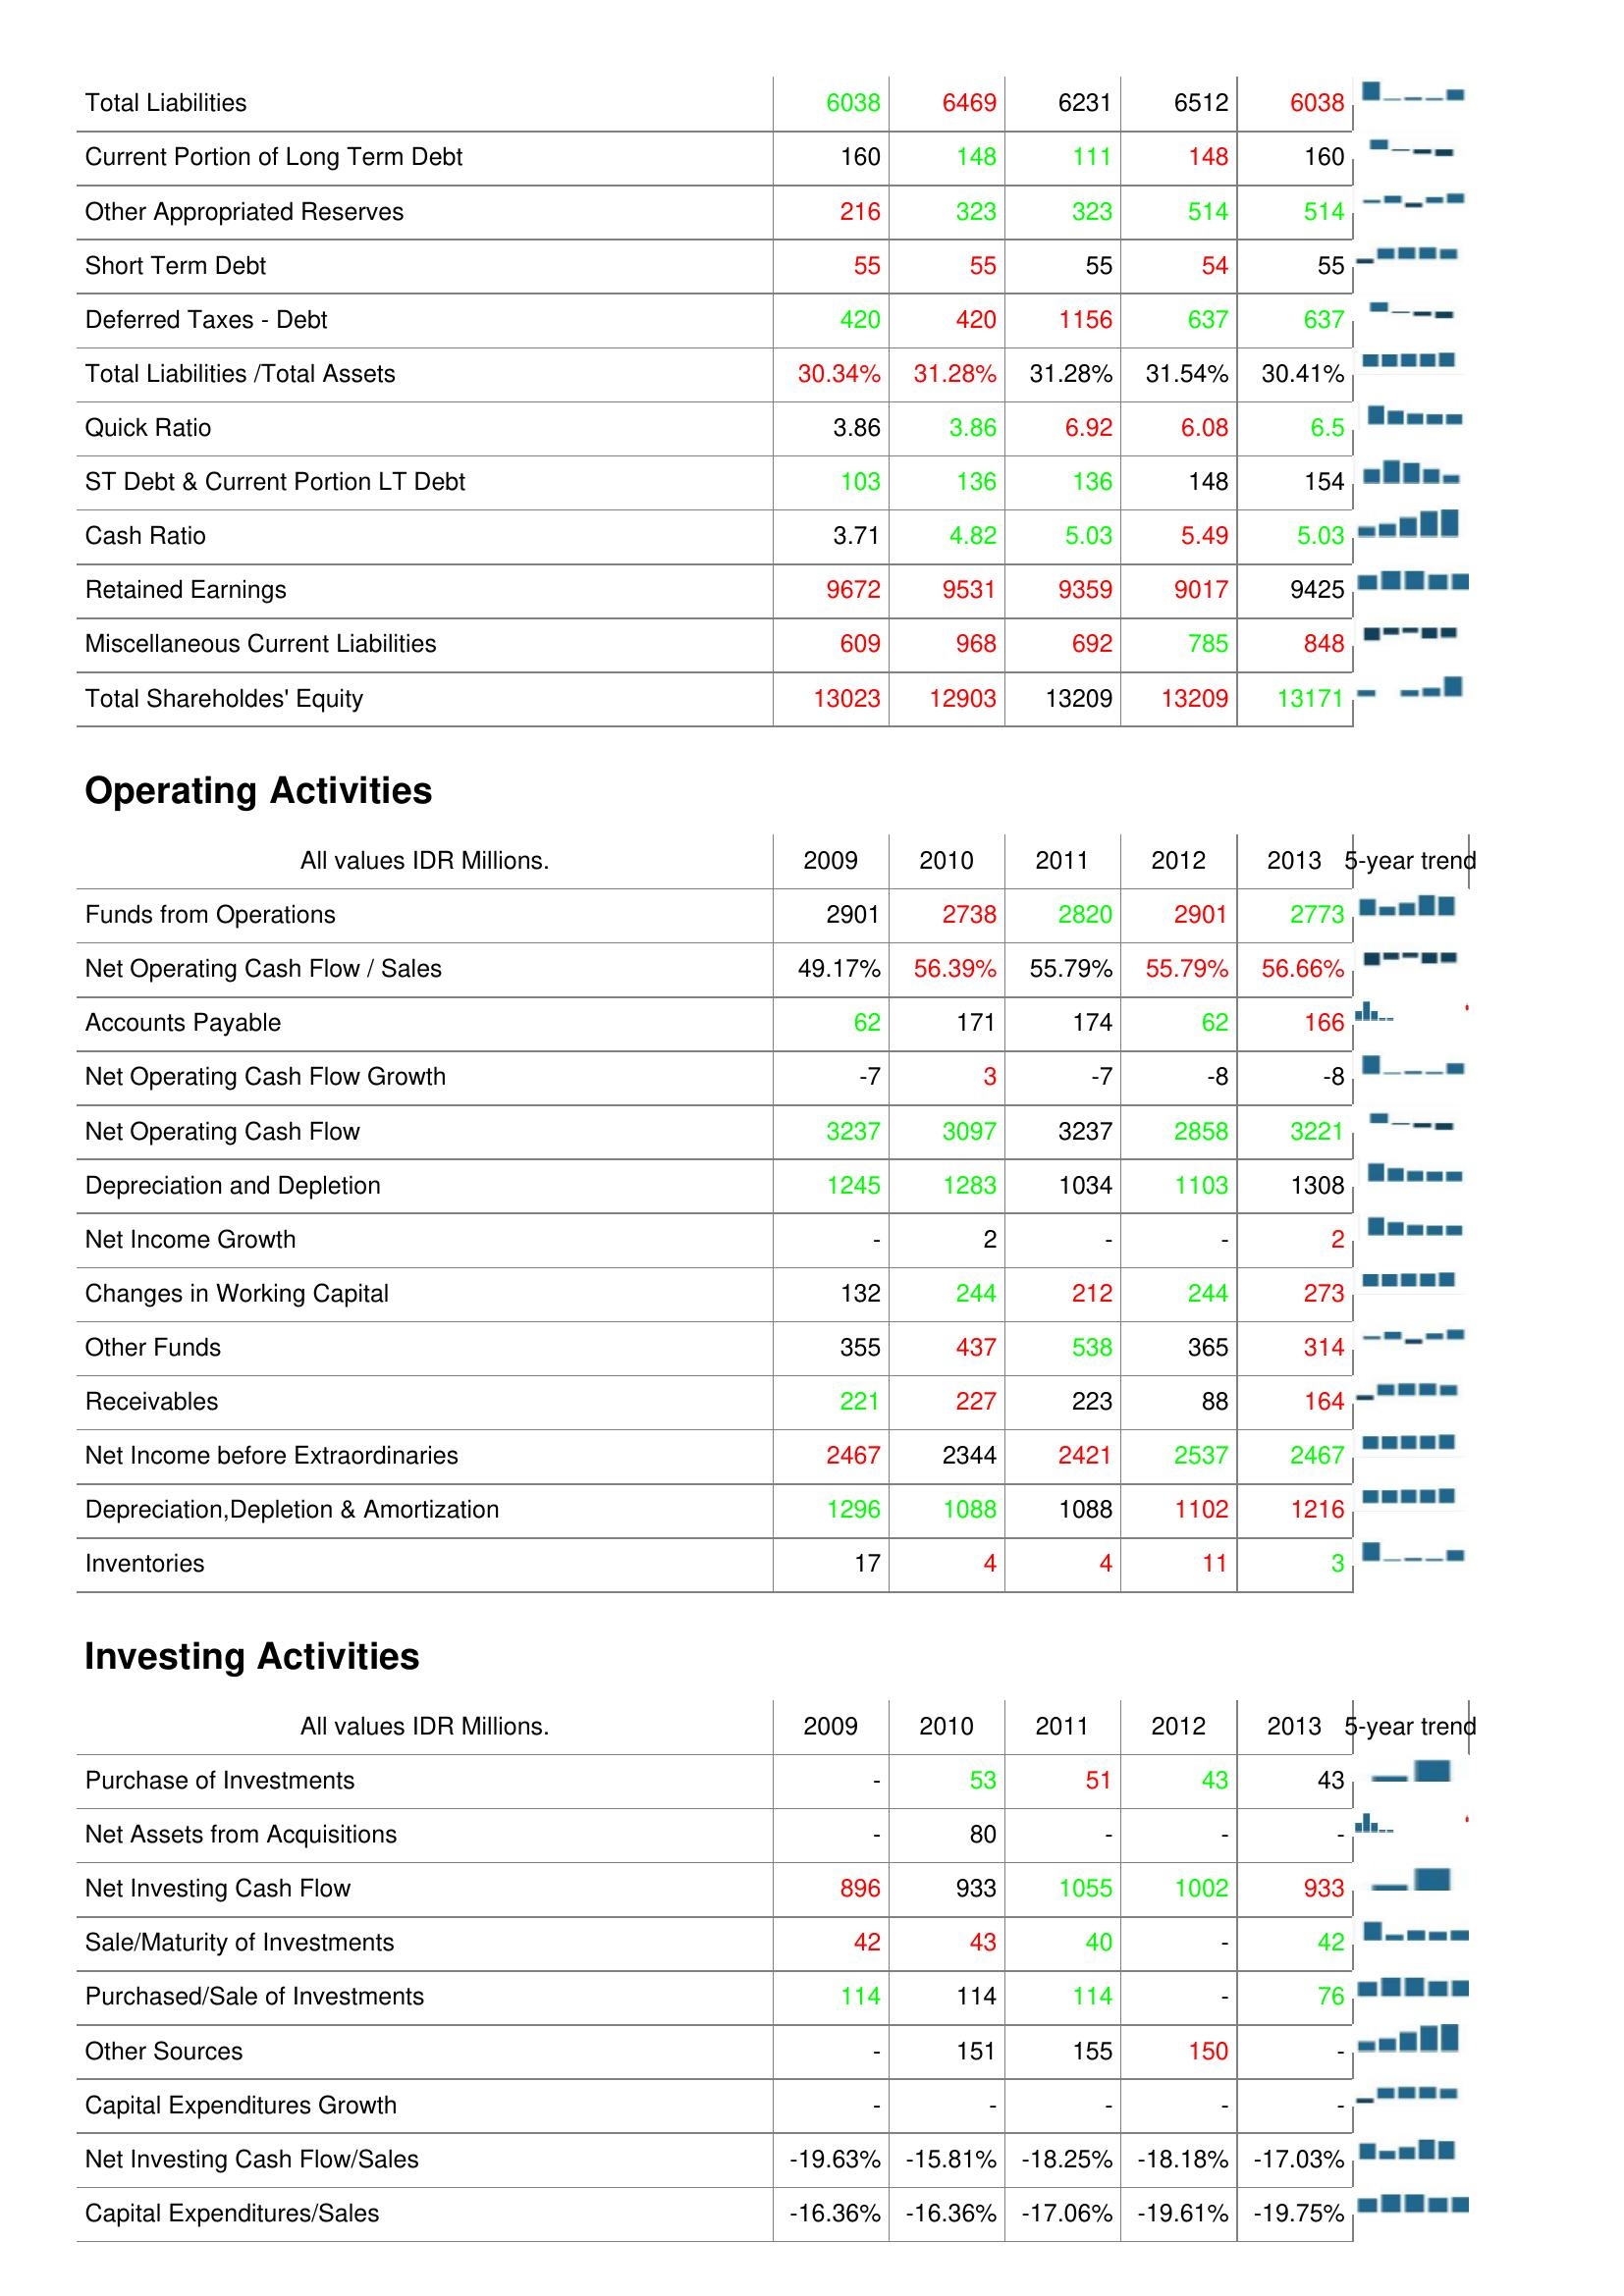
2009: Liabilities & Shareholder's Equity: Total Liabilities: 6038
Current Portion of Long Term Debt: 160
Other Appropriated Reserves: 216
Short Term Debt: 55
Deferred Taxes - Debt: 420
Total Liabilities /Total Assets: 30.34%
Quick Ratio: 3.86
ST Debt & Current Portion LT Debt: 103
Cash Ratio: 3.71
Retained Earnings: 9672
Miscellaneous Current Liabilities: 609
Total Shareholdes' Equity: 13023
Operating Activities: Funds from Operations: 2901
Net Operating Cash Flow / Sales: 49.17%
Accounts Payable: 62
Net Operating Cash Flow Growth: -7
Net Operating Cash Flow: 3237
Depreciation and Depletion: 1245
Net Income Growth: -
Changes in Working Capital: 132
Other Funds: 355
Receivables: 221
Net Income before Extraordinaries: 2467
Depreciation,Depletion & Amortization: 1296
Inventories: 17
Investing Activities: Purchase of Investments: -
Net Assets from Acquisitions: -
Net Investing Cash Flow: 896
Sale/Maturity of Investments: 42
Purchased/Sale of Investments: 114
Other Sources: -
Capital Expenditures Growth: -
Net Investing Cash Flow/Sales: -19.63%
Capital Expenditures/Sales: -16.36%
2010: Liabilities & Shareholder's Equity: Total Liabilities: 6469
Current Portion of Long Term Debt: 148
Other Appropriated Reserves: 323
Short Term Debt: 55
Deferred Taxes - Debt: 420
Total Liabilities /Total Assets: 31.28%
Quick Ratio: 3.86
ST Debt & Current Portion LT Debt: 136
Cash Ratio: 4.82
Retained Earnings: 9531
Miscellaneous Current Liabilities: 968
Total Shareholdes' Equity: 12903
Operating Activities: Funds from Operations: 2738
Net Operating Cash Flow / Sales: 56.39%
Accounts Payable: 171
Net Operating Cash Flow Growth: 3
Net Operating Cash Flow: 3097
Depreciation and Depletion: 1283
Net Income Growth: 2
Changes in Working Capital: 244
Other Funds: 437
Receivables: 227
Net Income before Extraordinaries: 2344
Depreciation,Depletion & Amortization: 1088
Inventories: 4
Investing Activities: Purchase of Investments: 53
Net Assets from Acquisitions: 80
Net Investing Cash Flow: 933
Sale/Maturity of Investments: 43
Purchased/Sale of Investments: 114
Other Sources: 151
Capital Expenditures Growth: -
Net Investing Cash Flow/Sales: -15.81%
Capital Expenditures/Sales: -16.36%
2011: Liabilities & Shareholder's Equity: Total Liabilities: 6231
Current Portion of Long Term Debt: 111
Other Appropriated Reserves: 323
Short Term Debt: 55
Deferred Taxes - Debt: 1156
Total Liabilities /Total Assets: 31.28%
Quick Ratio: 6.92
ST Debt & Current Portion LT Debt: 136
Cash Ratio: 5.03
Retained Earnings: 9359
Miscellaneous Current Liabilities: 692
Total Shareholdes' Equity: 13209
Operating Activities: Funds from Operations: 2820
Net Operating Cash Flow / Sales: 55.79%
Accounts Payable: 174
Net Operating Cash Flow Growth: -7
Net Operating Cash Flow: 3237
Depreciation and Depletion: 1034
Net Income Growth: -
Changes in Working Capital: 212
Other Funds: 538
Receivables: 223
Net Income before Extraordinaries: 2421
Depreciation,Depletion & Amortization: 1088
Inventories: 4
Investing Activities: Purchase of Investments: 51
Net Assets from Acquisitions: -
Net Investing Cash Flow: 1055
Sale/Maturity of Investments: 40
Purchased/Sale of Investments: 114
Other Sources: 155
Capital Expenditures Growth: -
Net Investing Cash Flow/Sales: -18.25%
Capital Expenditures/Sales: -17.06%
2012: Liabilities & Shareholder's Equity: Total Liabilities: 6512
Current Portion of Long Term Debt: 148
Other Appropriated Reserves: 514
Short Term Debt: 54
Deferred Taxes - Debt: 637
Total Liabilities /Total Assets: 31.54%
Quick Ratio: 6.08
ST Debt & Current Portion LT Debt: 148
Cash Ratio: 5.49
Retained Earnings: 9017
Miscellaneous Current Liabilities: 785
Total Shareholdes' Equity: 13209
Operating Activities: Funds from Operations: 2901
Net Operating Cash Flow / Sales: 55.79%
Accounts Payable: 62
Net Operating Cash Flow Growth: -8
Net Operating Cash Flow: 2858
Depreciation and Depletion: 1103
Net Income Growth: -
Changes in Working Capital: 244
Other Funds: 365
Receivables: 88
Net Income before Extraordinaries: 2537
Depreciation,Depletion & Amortization: 1102
Inventories: 11
Investing Activities: Purchase of Investments: 43
Net Assets from Acquisitions: -
Net Investing Cash Flow: 1002
Sale/Maturity of Investments: -
Purchased/Sale of Investments: -
Other Sources: 150
Capital Expenditures Growth: -
Net Investing Cash Flow/Sales: -18.18%
Capital Expenditures/Sales: -19.61%
2013: Liabilities & Shareholder's Equity: Total Liabilities: 6038
Current Portion of Long Term Debt: 160
Other Appropriated Reserves: 514
Short Term Debt: 55
Deferred Taxes - Debt: 637
Total Liabilities /Total Assets: 30.41%
Quick Ratio: 6.5
ST Debt & Current Portion LT Debt: 154
Cash Ratio: 5.03
Retained Earnings: 9425
Miscellaneous Current Liabilities: 848
Total Shareholdes' Equity: 13171
Operating Activities: Funds from Operations: 2773
Net Operating Cash Flow / Sales: 56.66%
Accounts Payable: 166
Net Operating Cash Flow Growth: -8
Net Operating Cash Flow: 3221
Depreciation and Depletion: 1308
Net Income Growth: 2
Changes in Working Capital: 273
Other Funds: 314
Receivables: 164
Net Income before Extraordinaries: 2467
Depreciation,Depletion & Amortization: 1216
Inventories: 3
Investing Activities: Purchase of Investments: 43
Net Assets from Acquisitions: -
Net Investing Cash Flow: 933
Sale/Maturity of Investments: 42
Purchased/Sale of Investments: 76
Other Sources: -
Capital Expenditures Growth: -
Net Investing Cash Flow/Sales: -17.03%
Capital Expenditures/Sales: -19.75%